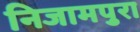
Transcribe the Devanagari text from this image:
निजामपुरा